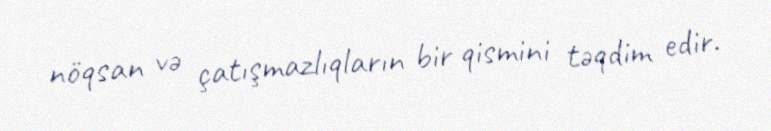
nöqsan və çatışmazlıqların bir qismini təqdim edir.